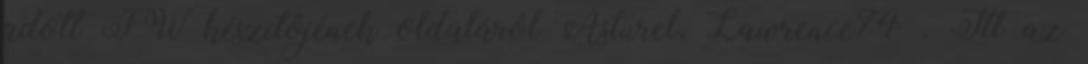
adott FW készítőjének oldaláról Asturel, Lawrence74 . Itt az